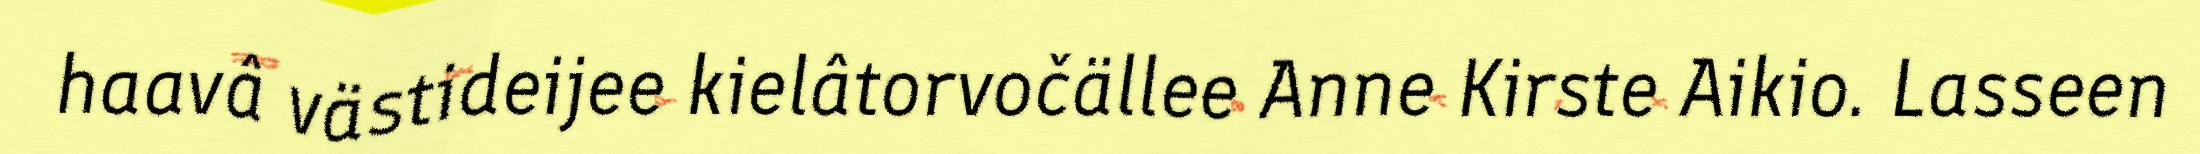
haavâ västideijee kielâtorvočällee Anne Kirste Aikio. Lasseen